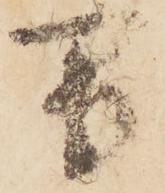
万